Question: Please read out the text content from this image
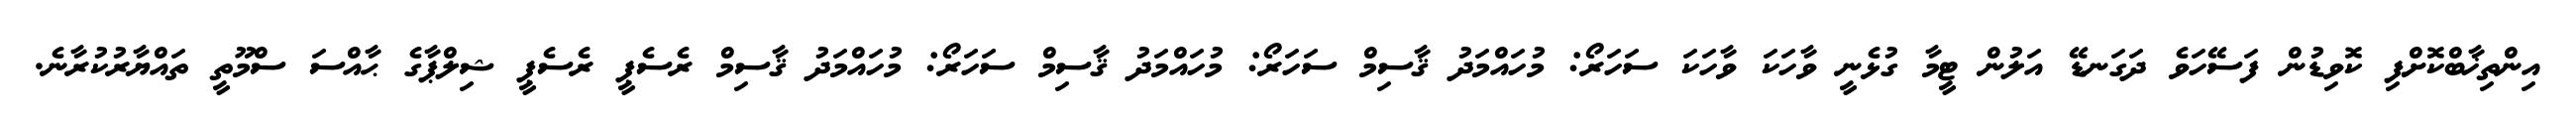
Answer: އިންތިޚާބްކޮށްފި ކޮވިޑުން ފަސޭހަވެ ދަގަނޑޭ އަލުން ޓީމާ ގުޅެނީ ވާހަކަ ވާހަކަ ސަހަރޯ: މުހައްމަދު ޤާސިމް ސަހަރޯ: މުހައްމަދު ޤާސިމް ސަހަރޯ: މުހައްމަދު ޤާސިމް ރެސެޕީ ރެސެޕީ ޝިލްޕާގެ ޙާއްސަ ސްމޫތީ ތައްޔާރުކުރާނެ.